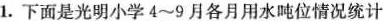
1.下面是光明小学4~9月各月用水吨位情况统计d